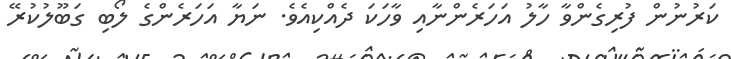
ކަރުނުން ފުރިގެންވާ ހާލު އަހަރެންނާއި ވާހަކަ ދެއްކިއެވެ. ނަޔާ އަހަރެންގެ ލޯބި ގަބޫލުކުރޭ